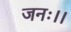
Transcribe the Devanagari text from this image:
जनः।।